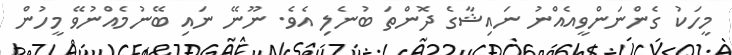
މީހަކު ގެންނަންވީއެއްނު ނައިޝާގެ ދޮންތަ ބުނެލި އެވެ. ނޫނޭ ނައި ބޭނުމެއްނުވޭ މީހުން